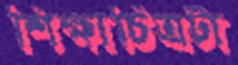
শিক্ষাচিত্রটা